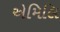
એમિલિ